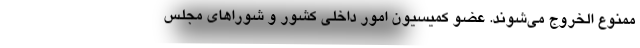
ممنوع الخروج می‌شوند. عضو کمیسیون امور داخلی کشور و شورا‌های مجلس